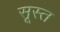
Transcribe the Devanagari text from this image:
सूस्त